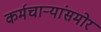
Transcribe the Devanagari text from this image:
कर्मचाऱ्यांसमोर